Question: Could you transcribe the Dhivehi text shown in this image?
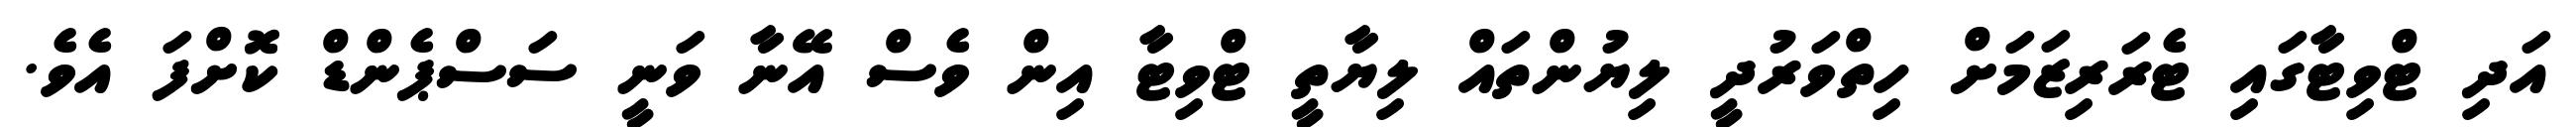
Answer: އަދި ޓްވިޓާގައި ޓެރަރިޒަމަށް ހިތްވަރުދީ ލިޔުންތައް ލިޔާތީ ޓްވިޓާ އިން ވެސް އޭނާ ވަނީ ސަސްޕެންޑް ކޮށްފަ އެވެ.